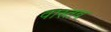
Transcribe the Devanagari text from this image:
वास्तब